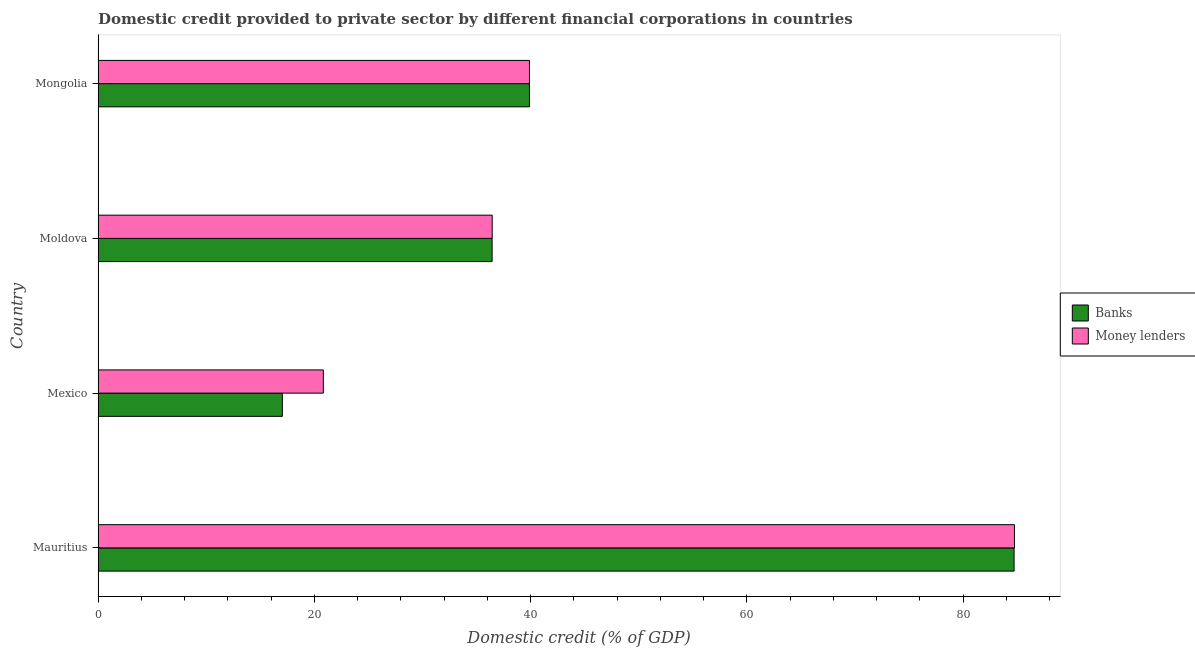
| Country | Banks | Money lenders |
 | --- | --- | --- |
 | Mauritius | 84.7 | 84.8 |
 | Mexico | 17 | 20.8 |
 | Moldova | 36.4 | 36.5 |
 | Mongolia | 39.9 | 39.9 |